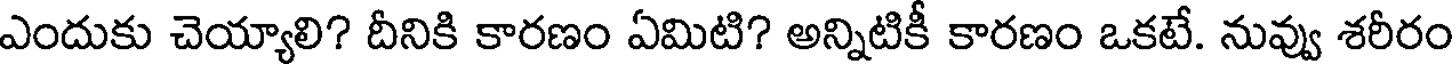
ఎందుకు చెయ్యాలి? దీనికి కారణం ఏమిటి? అన్నిటికీ కారణం ఒకటే. నువ్వు శరీరం